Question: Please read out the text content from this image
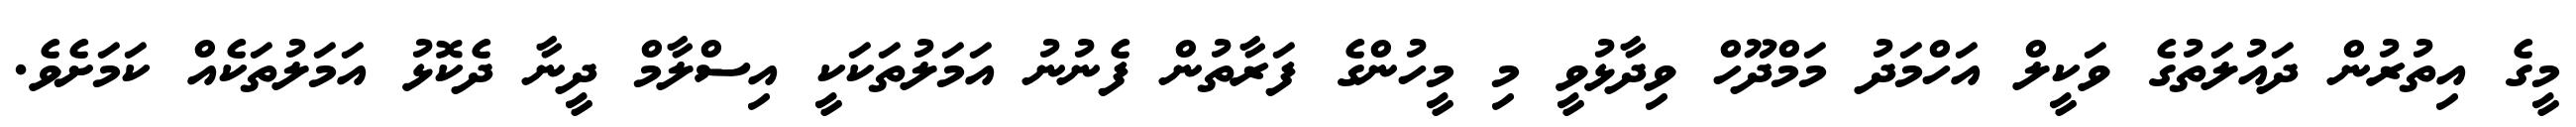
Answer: މީގެ އިތުރުން ދައުލަތުގެ ވަކީލް އަހްމަދު މަމްދޫހް ވިދާޅުވީ މި މީހުންގެ ފަރާތުން ފެނުނު އަމަލުތަކަކީ އިސްލާމް ދީނާ ދެކޮޅު އަމަލުތަކެއް ކަމަށެވެ.